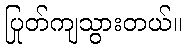
ပြုတ်ကျသွားတယ်။